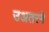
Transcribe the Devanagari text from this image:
उअतरने